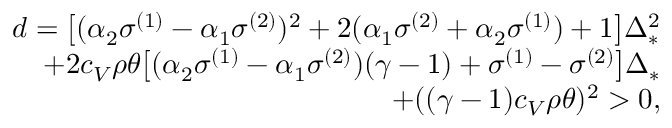
\begin{array} { r } { d = \big [ ( \alpha _ { 2 } \sigma ^ { ( 1 ) } - \alpha _ { 1 } \sigma ^ { ( 2 ) } ) ^ { 2 } + 2 ( \alpha _ { 1 } \sigma ^ { ( 2 ) } + \alpha _ { 2 } \sigma ^ { ( 1 ) } ) + 1 \big ] \Delta _ { * } ^ { 2 } } \\ { + 2 c _ { V } \rho \theta \big [ ( \alpha _ { 2 } \sigma ^ { ( 1 ) } - \alpha _ { 1 } \sigma ^ { ( 2 ) } ) ( \gamma - 1 ) + \sigma ^ { ( 1 ) } - \sigma ^ { ( 2 ) } \big ] \Delta _ { * } } \\ { + ( ( \gamma - 1 ) c _ { V } \rho \theta ) ^ { 2 } > 0 , } \end{array}